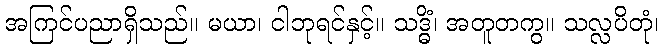
အကြင်ပညာရှိသည်။ မယာ၊ ငါဘုရင်နှင့်။ သဒ္ဓိံ၊ အတူတကွ။ သလ္လပိတုံ၊